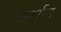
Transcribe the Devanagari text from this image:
आर्शम